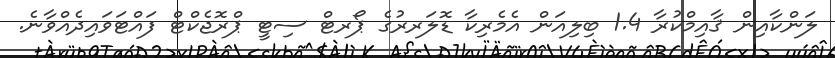
ލަންކާއިން ޤާއިމްކުރާ 1.4 ބިލިއަން އެމެރިކާ ޑޮލަރރުގެ ޕޯރޓް ސިޓީ ޕްރޮޖެކްޓް ފައްޓަވައިދެއްވާނެ.